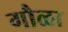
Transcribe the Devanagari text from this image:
गौळा